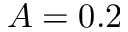
A = 0 . 2